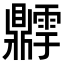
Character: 𬹫